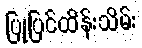
ပြုပြင်ထိန်းသိမ်း